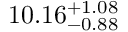
1 0 . 1 6 _ { - 0 . 8 8 } ^ { + 1 . 0 8 }